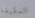
السقيفة